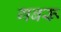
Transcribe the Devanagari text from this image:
गबरू